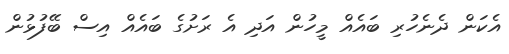
އެކަން ދެނެހުރި ބައެއް މީހުން އަދި އެ ރަށުގެ ބައެއް އިސް ބޭފުޅުން